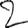
Digit: 2